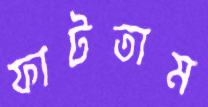
ফাটতাম